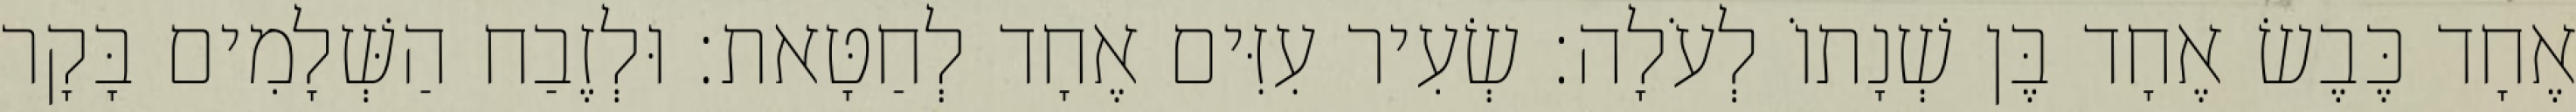
אֶחָד כֶּבֶשׂ אֶחָד בֶּן שְׁנָתוֹ לְעֹלָה׃ שְׂעִיר עִזִּים אֶחָד לְחַטָּאת׃ וּלְזֶבַח הַשְּׁלָמִים בָּקָר